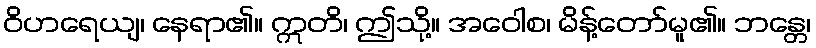
ဝိဟရေယျ၊ နေရာ၏။ ဣတိ၊ ဤသို့။ အဝေါစ၊ မိန့်တော်မူ၏။ ဘန္တေ၊